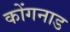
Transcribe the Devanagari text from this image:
कोंगनाड